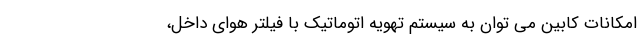
امکانات کابین می توان به سیستم تهویه اتوماتیک با فیلتر هوای داخل،